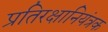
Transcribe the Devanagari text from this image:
प्रतिरक्षानियंत्रक